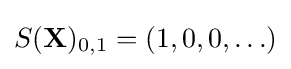
S(\mathbf {X} )_{0,1}=(1,0,0,\ldots )